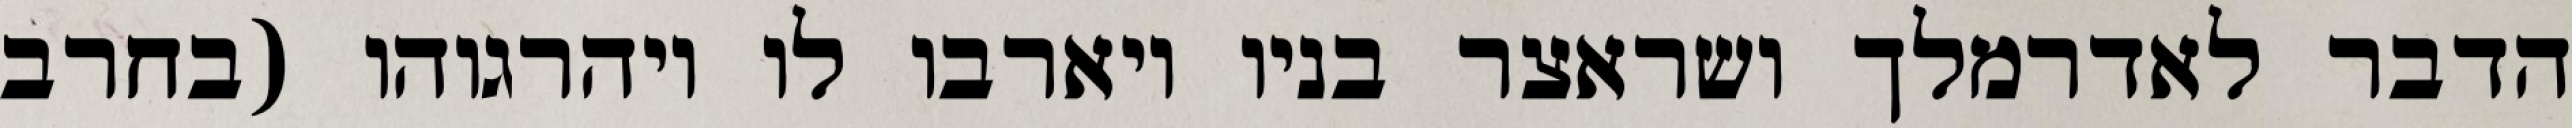
הדבר לאדרמלך ושראצר בניו ויארבו לו ויהרגוהו (בחרב